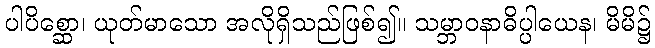
ပါပိစ္ဆော၊ ယုတ်မာသော အလိုရှိသည်ဖြစ်၍။ သမ္ဘာဝနာဓိပ္ပါယေန၊ မိမိ၌